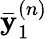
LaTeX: \mathbf{\bar{y}}_{1}^{(n)}